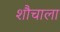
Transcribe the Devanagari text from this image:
शौचाला